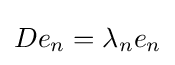
De_{n}=\lambda _{n}e_{n}